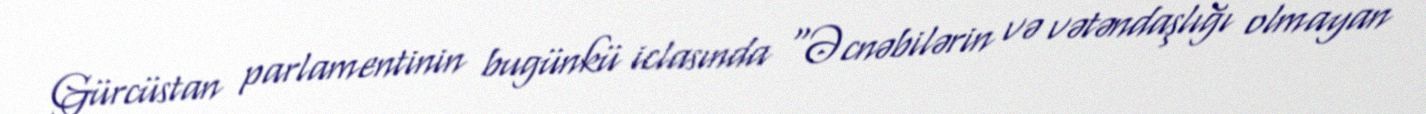
Gürcüstan parlamentinin bugünkü iclasında “Əcnəbilərin və vətəndaşlığı olmayan